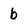
Character: b